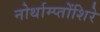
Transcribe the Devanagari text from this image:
नोर्थाम्प्तोंशिरे